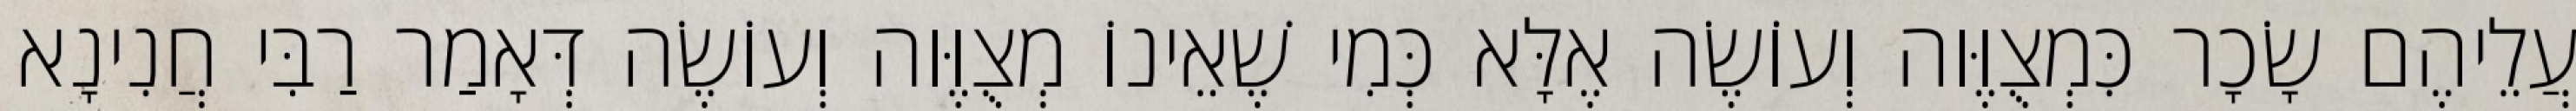
עֲלֵיהֶם שָׂכָר כִּמְצֻוֶּוה וְעוֹשֶׂה אֶלָּא כְּמִי שֶׁאֵינוֹ מְצֻוֶּוה וְעוֹשֶׂה דְּאָמַר רַבִּי חֲנִינָא